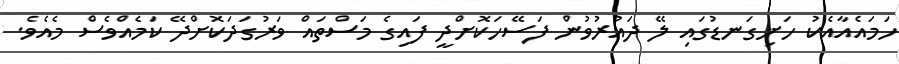
ހަމައެއާއެކު ހަށިގަނޑުގައި ލޭ ދައުރުވުން ފަސޭހަކޮށްދީ ފައިގެ މަސްތައް ވަރުގަދަކޮށްދޭ ކަމެއްވެސް މެއެވެ.